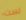
لست